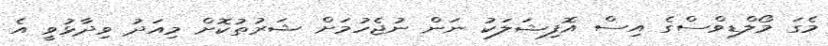
މެގަ މޯލްޑިވްސްގެ އިސް އޮފިޝަލަކު ނަން ނުޖެހުމަށް ޝަރުތުކޮށް މިއަދު ވިދާޅުވީ އެ